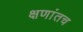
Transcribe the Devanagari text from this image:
क्षणांतच